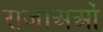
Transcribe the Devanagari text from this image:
राजाअओं